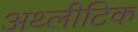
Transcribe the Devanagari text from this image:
अथ्लीटिक